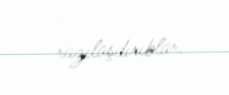
razılaşdırıblar.